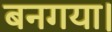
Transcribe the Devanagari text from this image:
बनगया।